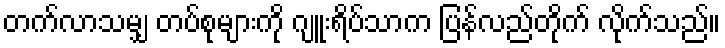
တက်လာသမျှ တပ်စုများကို ဂျူးရိပ်သာက ပြန်လည်တိုက် လိုက်သည်။